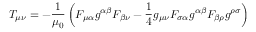
T _ { \mu \nu } = - { \frac { 1 } { \mu _ { 0 } } } \left( F _ { \mu \alpha } g ^ { \alpha \beta } F _ { \beta \nu } - { \frac { 1 } { 4 } } g _ { \mu \nu } F _ { \sigma \alpha } g ^ { \alpha \beta } F _ { \beta \rho } g ^ { \rho \sigma } \right)